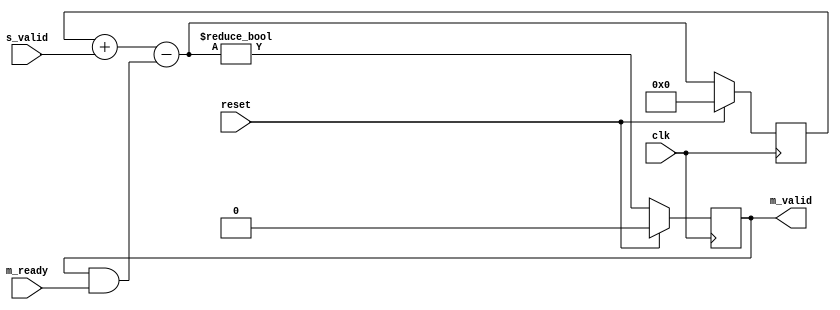
// This program was cloned from: https://github.com/ryuz/jelly
// License: MIT License

// ---------------------------------------------------------------------------
//  Jelly  -- The platform for real-time computing
//
//                                 Copyright (C) 2008-2020 by Ryuz
//                                 https://github.com/ryuz/jelly.git
// ---------------------------------------------------------------------------



`timescale 1ns / 1ps
`default_nettype none


// FIFO
// 


module jelly_signal_transfer_sync
        #(
            parameter CAPACITY_WIDTH = 8
        )
        (
            input   wire    reset,
            input   wire    clk,
            
            input   wire    s_valid,
            
            output  wire    m_valid,
            input   wire    m_ready
        );
    
    reg                             reg_valid;
    reg     [CAPACITY_WIDTH-1:0]    reg_capacity;
    wire    [CAPACITY_WIDTH-1:0]    next_capacity = reg_capacity + s_valid - (m_valid & m_ready);
    
    always @(posedge clk) begin
        if ( reset ) begin
            reg_valid    <= 1'b0;
            reg_capacity <= {CAPACITY_WIDTH{1'b0}};
        end
        else begin
            reg_valid    <= (next_capacity != 0);
            reg_capacity <= next_capacity;
        end
    end
    
    assign m_valid = reg_valid;
    
endmodule


`default_nettype wire


// end of file